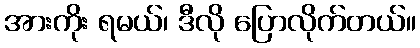
အားကိုး ရမယ်၊ ဒီလို ပြောလိုက်တယ်။